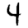
Digit: 4